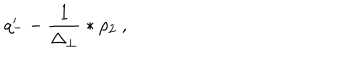
q _ { - } ^ { \prime } - \frac { 1 } { \Delta _ { \perp } } \ast \rho _ { 2 } \ ,